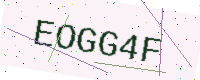
Text: EOGG4F